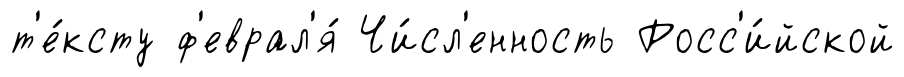
т'е́ксту ф'еврал'я́ Чи́сл'енность Росс'и́йской